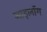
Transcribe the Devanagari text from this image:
जाइलॉग